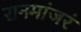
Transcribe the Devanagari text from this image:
रानमांजरं